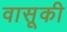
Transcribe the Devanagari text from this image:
वासूकी